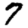
Digit: 7